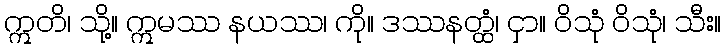
ဣတိ၊ သို့။ ဣမဿ နယဿ၊ ကို။ ဒဿနတ္ထံ၊ ငှာ။ ဝိသုံ ဝိသုံ၊ သီး။